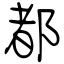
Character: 都